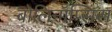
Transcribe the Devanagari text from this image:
बोलिनॉप्सिस